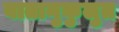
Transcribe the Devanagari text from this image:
वातानुकुलुत